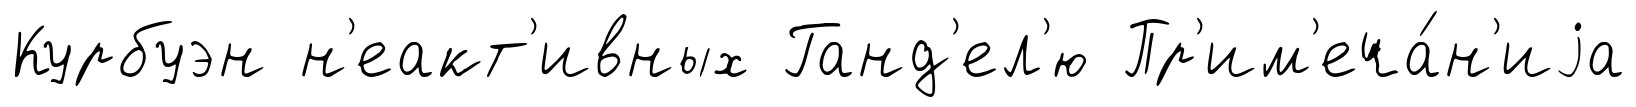
Курбуэн н'еакт'ивных Ганд'ел'ю Пр'им'еча́н'иjа